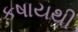
કષાયથી